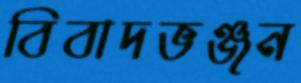
বিবাদভঞ্জন